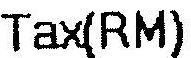
TAX(RM)